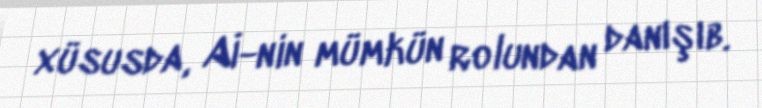
xüsusda, Aİ-nin mümkün rolundan danışıb.